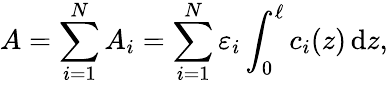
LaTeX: A=\sum_{i=1}^{N}A_{i}=\sum_{i=1}^{N}\varepsilon_{i}\int_{0}^{\ell}c_{i}(z)\, \mathrm{d}z,